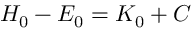
H _ { 0 } - E _ { 0 } = K _ { 0 } + C